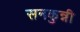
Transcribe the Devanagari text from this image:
सनकुन्नी